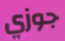
جوزي